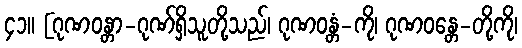
၄၁။ [ဂုဏဝန္တာ-ဂုဏ်ရှိသူတို့သည်၊ ဂုဏဝန္တံ-ကို၊ ဂုဏဝန္တေ-တို့ကို၊